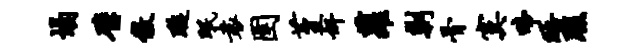
塌璧傲璇眠袁圉堇奸萝剿骨寞啼晤瑕